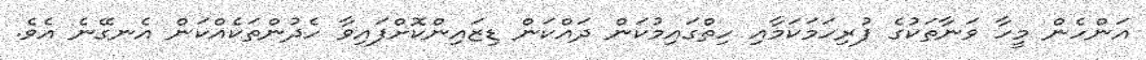
އަންހެން މީހާ ވަނާތަކުގެ ފުރިހަމަކަމާއި ހިތްގައިމުކަން ދައްކަން ޑިޒައިންކޮށްފައިވާ ހެދުންތަކެއްކަން އެނގޭނެ އެވެ.